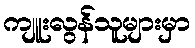
ကျူးလွန်သူများမှာ